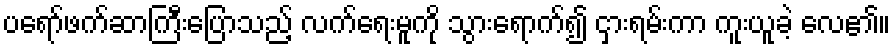
ပရော်ဖက်ဆာကြီးပြောသည့် လက်ရေးမူကို သွားရောက်၍ ငှားရမ်းကာ ကူးယူခဲ့ လေ၏။